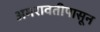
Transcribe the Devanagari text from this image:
अमरावतीपासून